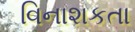
વિનાશકતા